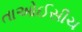
તાઓઈસીચ